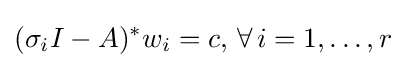
(\sigma _{i}I-A)^{*}w_{i}=c,\,\forall \,i=1,\ldots ,r